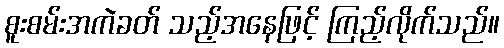
စူးစမ်းအကဲခတ် သည့်အနေဖြင့် ကြည့်လိုက်သည်။